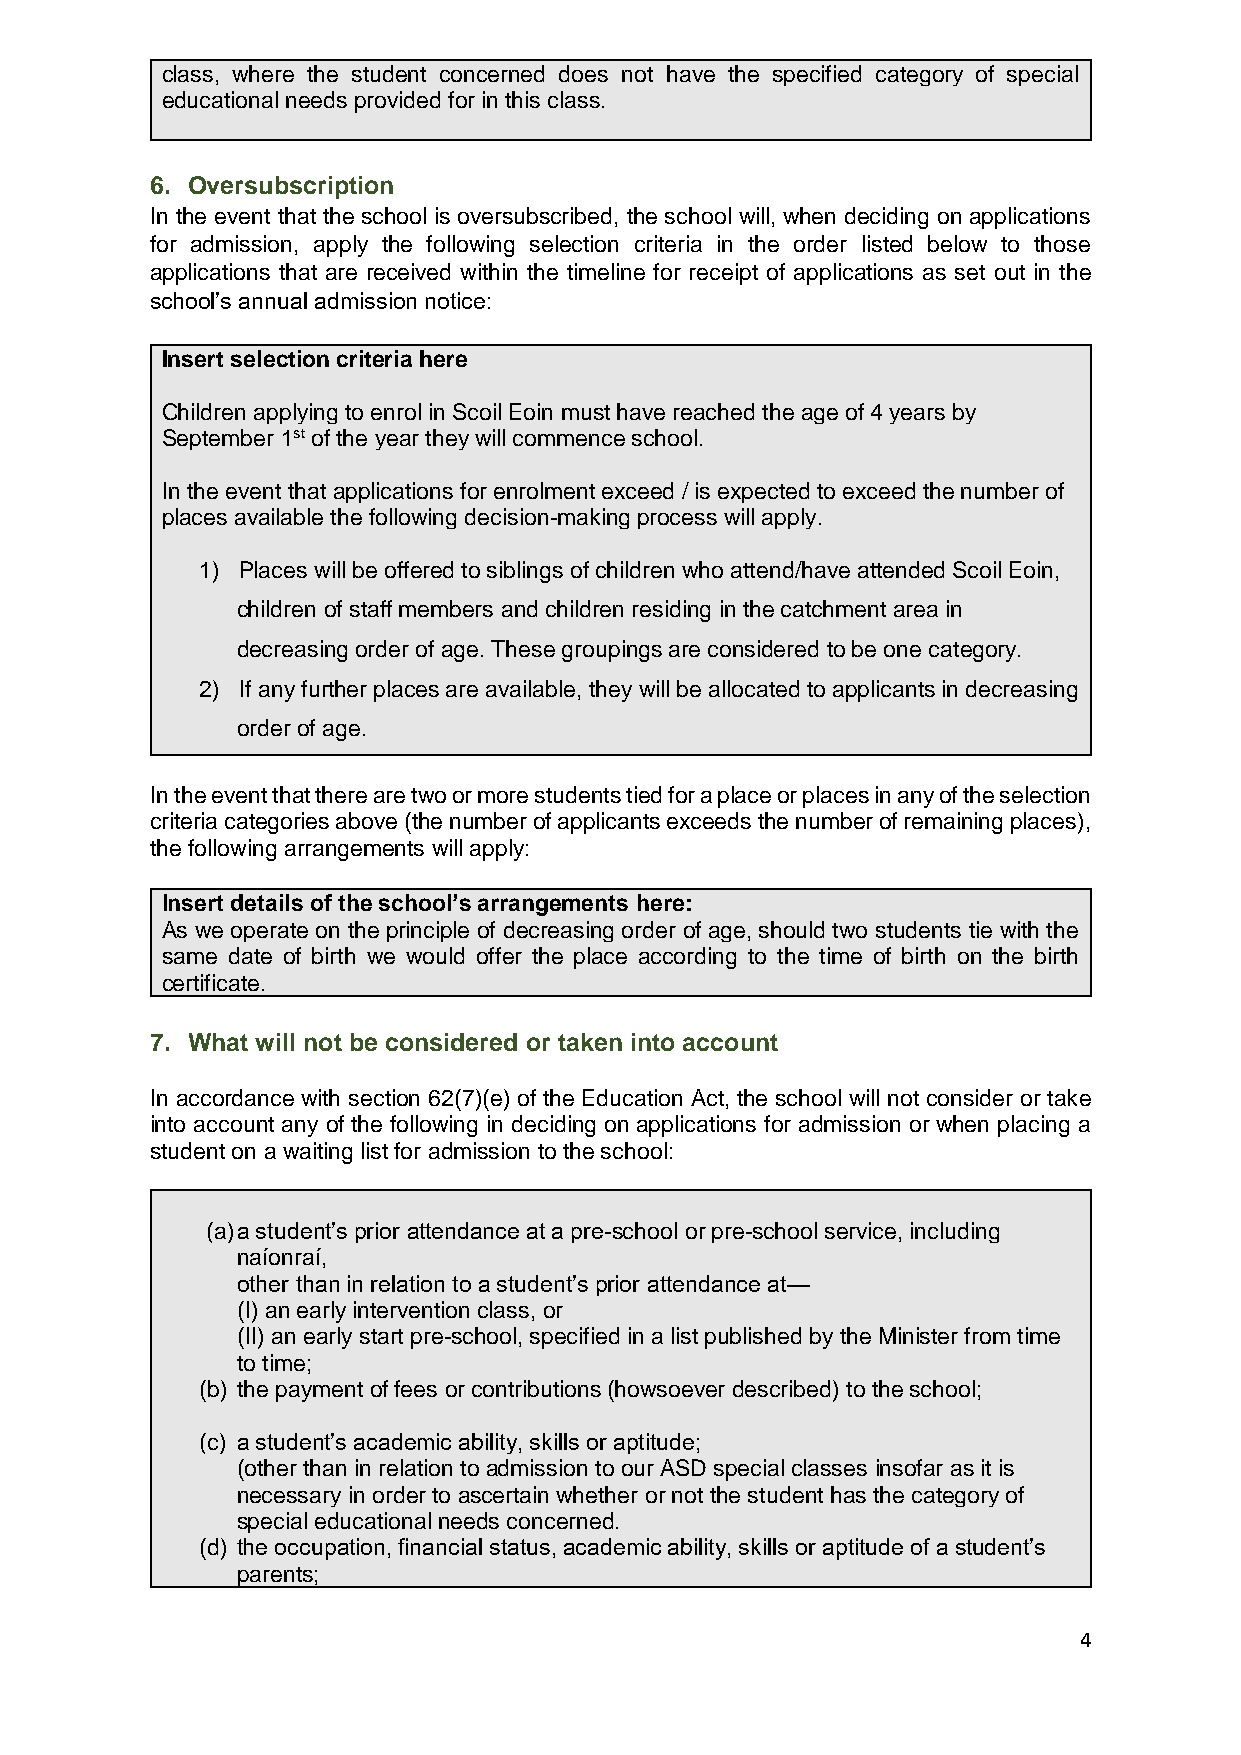
class, where the student concerned does not have the specified category of special
 educational needs provided for in this class.
 6. Oversubscription
 In the event that the school is oversubscribed, the school will, when deciding on applications
 for admission, apply the following selection criteria in the order listed below to those
 applications that are received within the timeline for receipt of applications as set out in the
 school’s annual admission notice:
 Insert selection criteria here
 Children applying to enrol in Scoil Eoin must have reached the age of 4 years by
 September 1st of the year they will commence school.
 In the event that applications for enrolment exceed / is expected to exceed the number of
 places available the following decision-making process will apply.
 1) Places will be offered to siblings of children who attend/have attended Scoil Eoin,
 children of staff members and children residing in the catchment area in
 decreasing order of age. These groupings are considered to be one category.
 2) If any further places are available, they will be allocated to applicants in decreasing
 order of age.
 In the event that there are two or more students tied for a place or places in any of the selection
 criteria categories above (the number of applicants exceeds the number of remaining places),
 the following arrangements will apply:
 Insert details of the school’s arrangements here:
 As we operate on the principle of decreasing order of age, should two students tie with the
 same date of birth we would offer the place according to the time of birth on the birth
 certificate.
 7. What will not be considered or taken into account
 In accordance with section 62(7)(e) of the Education Act, the school will not consider or take
 into account any of the following in deciding on applications for admission or when placing a
 student on a waiting list for admission to the school:
 (a) a student’s prior attendance at a pre-school or pre-school service, including
 naíonraí,
 other than in relation to a student’s prior attendance at—
 (I) an early intervention class, or
 (II) an early start pre-school, specified in a list published by the Minister from time
 to time;
 (b) the payment of fees or contributions (howsoever described) to the school;
 (c) a student’s academic ability, skills or aptitude;
 (other than in relation to admission to our ASD special classes insofar as it is
 necessary in order to ascertain whether or not the student has the category of
 special educational needs concerned.
 (d) the occupation, financial status, academic ability, skills or aptitude of a student’s
 parents;
 4